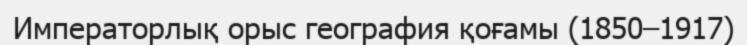
Императорлық орыс география қоғамы (1850–1917)